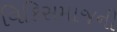
વિકિસમાજની